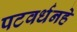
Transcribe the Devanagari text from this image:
पटवर्धनहे